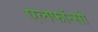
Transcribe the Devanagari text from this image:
एलफाॅन्सो